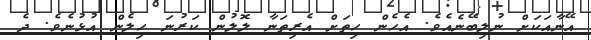
އޭނާއަކަށް ނުލިބޭނެއެވެ. އެހެން ހިތަށް އެރިތަނާ ލޮލުން ކަރުނަ ހިލެން އުޅުނެވެ. ދެ